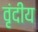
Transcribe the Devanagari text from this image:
वृंदीय